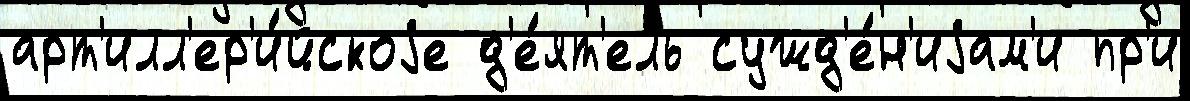
арт'илл'ер'и́йскоjе д'е́ят'ель сужд'е́н'иjам'и пр'и